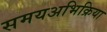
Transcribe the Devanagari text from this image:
समयअभिक्रिया